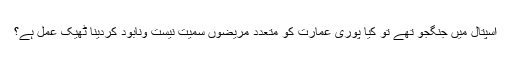
اسپتال میں جنگجو تھے تو کیا پوری عمارت کو متعدد مریضوں سمیت نیست ونابود کردینا ٹھیک عمل ہے؟